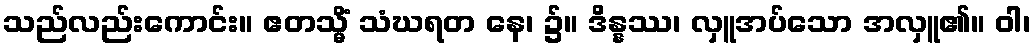
သည်လည်းကောင်း။ ဧတသ္မိံ သံဃရတ နေ၊ ၌။ ဒိန္နဿ၊ လှူအပ်သော အလှူ၏။ ဝါ၊